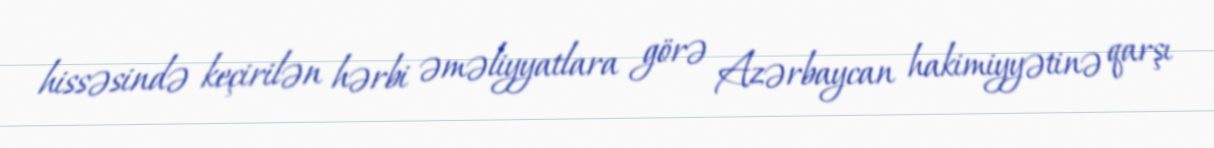
hissəsində keçirilən hərbi əməliyyatlara görə Azərbaycan hakimiyyətinə qarşı